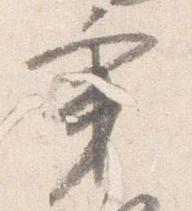
秉